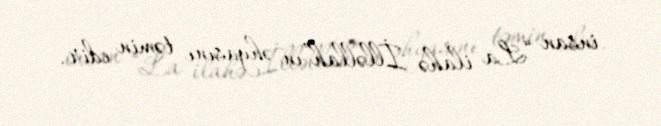
insan “La ilahə İlləllah”ın əhyasını təmin edir.